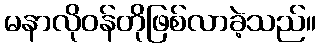
မနာလိုဝန်တိုဖြစ်လာခဲ့သည်။